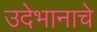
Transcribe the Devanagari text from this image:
उदेभानाचे